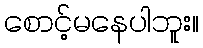
စောင့်မနေပါဘူး။